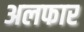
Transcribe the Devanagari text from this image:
अलफार